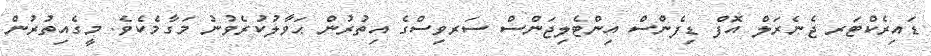
ޑައިރެކްޓަރ ޖެނެރަލް އޮފް ޑިފެންސް އިންޓެލިޖަންސް ސަރވިސްގެ އިތުރުން ޙަވާލުކުރެވުނު މަގާމެކެވެ. މީގެއިތުރުން